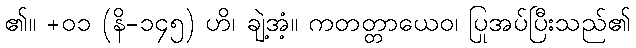
၏။ +၀၁ (နိ-၁၄၅) ဟိ၊ ချဲ့အံ့။ ကတတ္တာယေဝ၊ ပြုအပ်ပြီးသည်၏